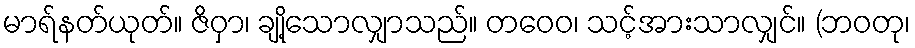
မာရ်နတ်ယုတ်။ ဇိဝှာ၊ ချို့သောလျှာသည်။ တဝေဝ၊ သင့်အားသာလျှင်။ (ဘဝတု၊